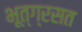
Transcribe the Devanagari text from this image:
भूत्ग्रसत